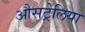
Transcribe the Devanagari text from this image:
औसट्रेलिया